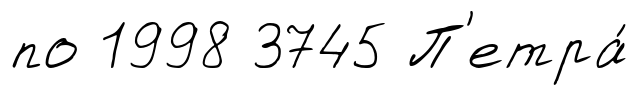
по 1998 3745 П'етра́